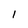
Character: 1